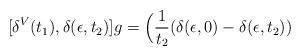
LaTeX: \begin{align*}[\delta^V (t_1), \delta (\epsilon, t_2)] g = \Big({1\over t_2}(\delta (\epsilon, 0) - \delta (\epsilon, t_2))\end{align*}